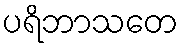
ပရိဘာသတေ